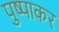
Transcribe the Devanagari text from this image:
पुष्पाकर